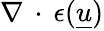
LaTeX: \nabla\, \cdot\, \epsilon(\underline{{u}})